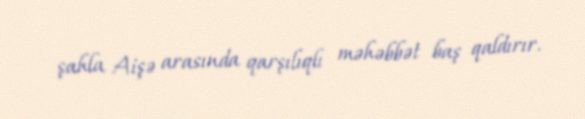
şahla Aişə arasında qarşılıqlı məhəbbət baş qaldırır.